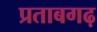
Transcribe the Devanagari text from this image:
प्रताबगढ़